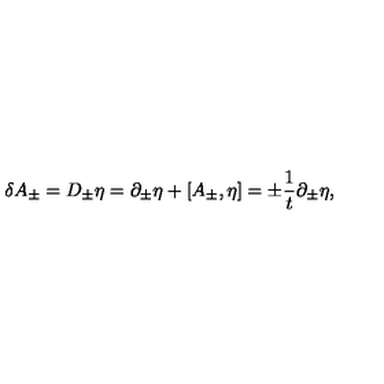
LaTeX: \delta A _ { \pm } = D _ { \pm } \eta = \partial _ { \pm } \eta + [ A _ { \pm } , \eta ] = \pm { \frac { 1 } { t } } \partial _ { \pm } \eta ,